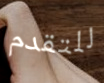
للتقدم